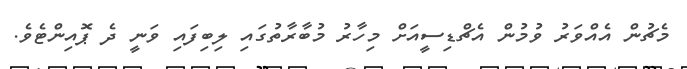
މެޗުން އެއްވަރު ވުމުން އެޗްޑިސީއަށް މިހާރު މުބާރާތުގައި ލިބިފައި ވަނީ ދެ ޕޮއިންޓެވެ.